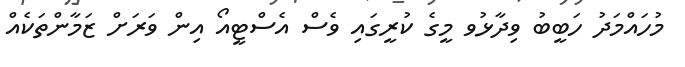
މުހައްމަދު ހަބީބު ވިދާޅުވ މީގެ ކުރީގައި ވެސް އެސްޓީއޯ އިން ވަރަށް ޒަމާންތަކެއް